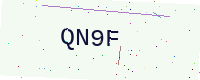
Text: QN9F